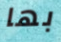
بها